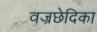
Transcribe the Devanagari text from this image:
वज्रछेदिका